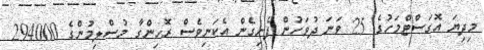
މިދިޔަ އޮގަސްޓްމަހުގެ 25 ވަނަ ދުވަހުން ފެށިގެން އެކަނިވެސް ރޮހިންގާ މުސްލިމުންގެ 294000